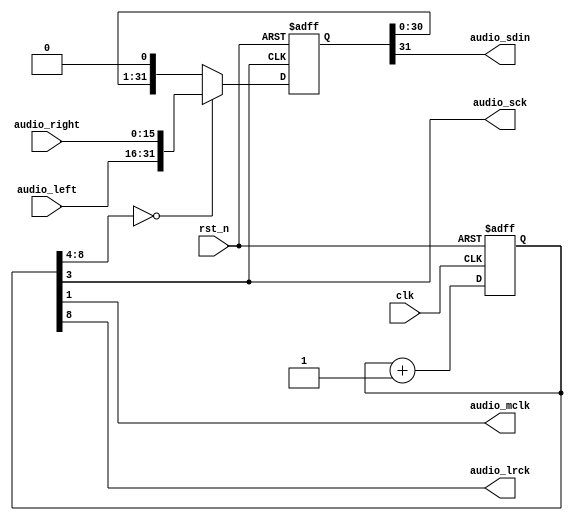
`timescale 1ns / 1ps
//////////////////////////////////////////////////////////////////////////////////
// Company: 
// Engineer: 
// 
// Design Name: 
// Module Name: speaker_control
// Project Name: 
// Target Devices: 
// Tool Versions: 
// Description: 
// 
// Dependencies: 
// 
// Revision:
// Revision 0.01 - File Created
// Additional Comments:
// 
//////////////////////////////////////////////////////////////////////////////////


module speaker_control(clk, rst_n, audio_left, audio_right, audio_mclk, audio_lrck, audio_sck, audio_sdin);
    input clk;
    input rst_n;
    input [15:0] audio_left;
    input [15:0] audio_right;
    output audio_mclk;
    output audio_lrck;
    output audio_sck;
    output reg audio_sdin;
 
    reg [31:0] data;
    reg [31:0] data_next;
    reg [8:0] clock, clock_next;

    always @ (posedge clk or negedge rst_n)
        if (~rst_n)
            clock <= 9'b0;
        else
            clock <= clock + 1'b1;

    assign audio_mclk = clock[1];
    assign audio_sck = clock[3];
    assign audio_lrck = clock[8];

    always @ *
        if (clock[8:4] == 5'b0)
            {audio_sdin, data_next} = {data[31], audio_left, audio_right};
        else
            {audio_sdin, data_next} = {data[31:0], 1'b0};
     
    always @ (posedge audio_sck or negedge rst_n)
        if (~rst_n)
            data <= 32'b0;
        else
            data <= data_next;
  
endmodule